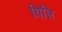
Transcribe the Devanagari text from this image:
धिलि